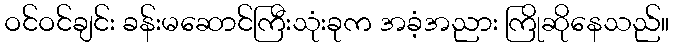
ဝင်ဝင်ချင်း ခန်းမဆောင်ကြီးသုံးခုက အခံ့အညား ကြိုဆိုနေသည်။